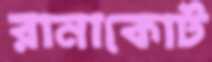
রানাকোট